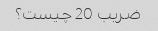
ضریب 20 چیست؟